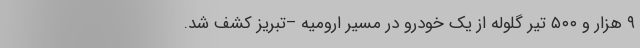
۹ هزار و ۵۰۰ تیر گلوله از یک خودرو در مسیر ارومیه –تبریز کشف شد.